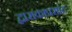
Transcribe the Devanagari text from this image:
द्वाराकाप्रसाद